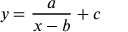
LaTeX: y = { \frac { a } { x - b } } + c